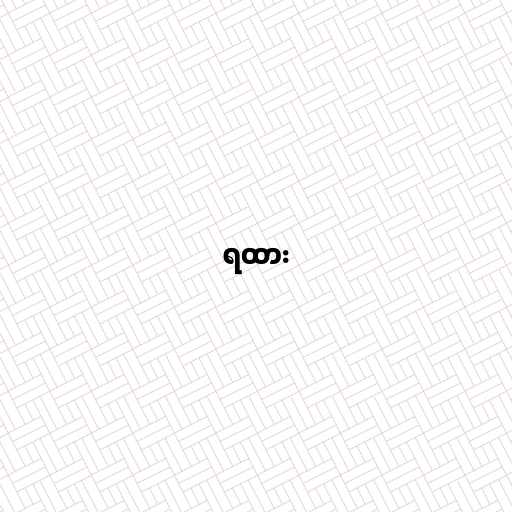
ရထား